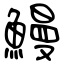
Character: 鰻